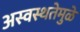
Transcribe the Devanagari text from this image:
अस्वस्थतेमुळे